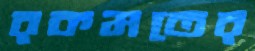
রকমতের